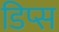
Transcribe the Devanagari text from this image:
डिप्स